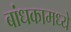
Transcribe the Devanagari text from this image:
बांधकामध्ये